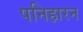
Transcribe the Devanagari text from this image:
पनिहारन